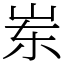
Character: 岽